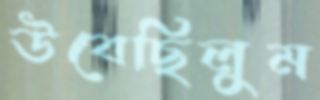
উবেছিলুম